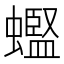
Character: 𫋟